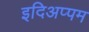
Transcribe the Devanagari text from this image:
इदिअप्पम